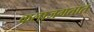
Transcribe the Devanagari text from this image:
कलाजगतात